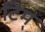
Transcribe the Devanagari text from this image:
टिम्